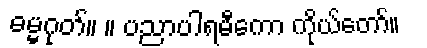
ဓမ္မဂုတ်။ ။ ပညာပါရမီကော ကိုယ်တော်။